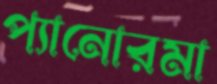
প্যানোরমা